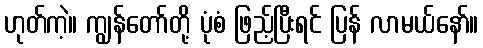
ဟုတ်ကဲ့။ ကျွန်တော်တို့ ပုံစံ ဖြည့်ပြီးရင် ပြန် လာမယ်နော်။